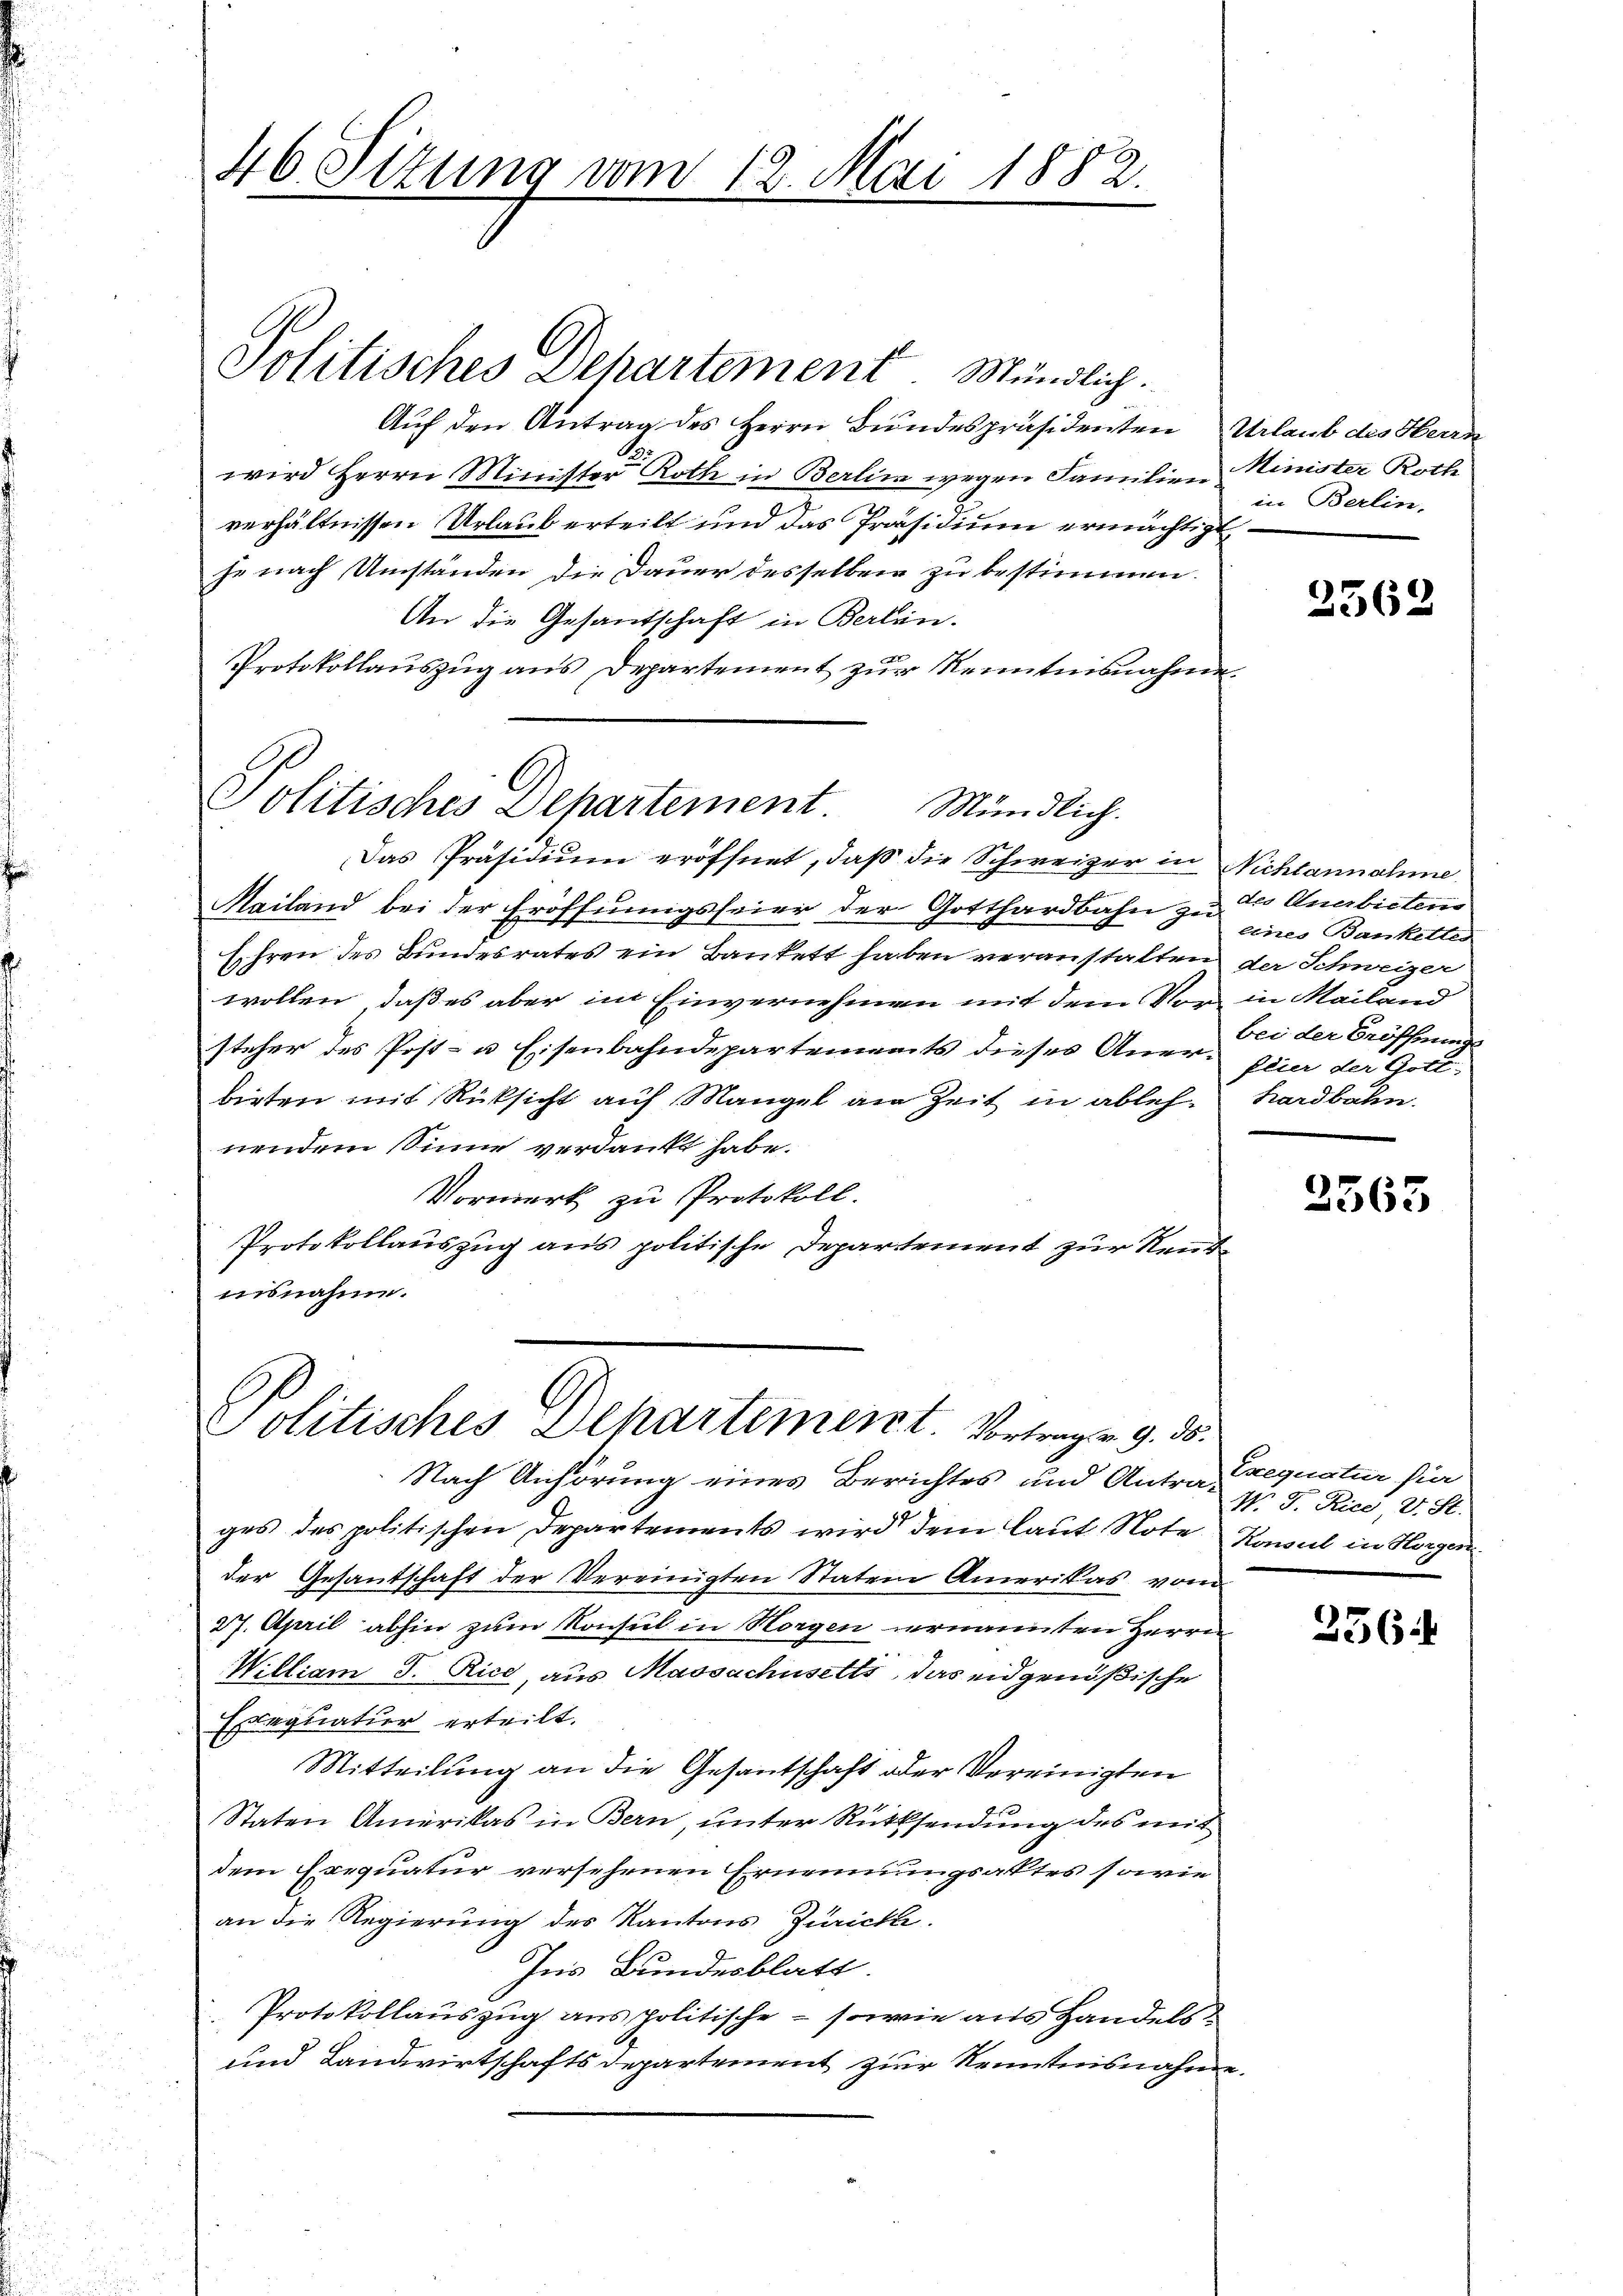
46. Situng vom 12. Mai 1882.

Solitisches Departement. Mündlich.

Auf den Antrag des Herrn Bundespräsidenten Urlaub des Herrn
wird Herrn Minister Roth in Berlin wegen Familien Minister Rothe
verhältnissen Urlaub erteilt und das Präsidium ermächtigt
he nach Umständen die Dauer desselben zu bestimmen
An die Gesandschaft in Berlin-
Protokollauszug aus Departement zur Kenntnisnahme.

Politisches Departement.
Mündlich.

Das Präsidium eröffnet, daß die Schweizer in Nichtannahme
Mailand bei der Eröffnungsfeier der Gotthardbahn zu Er Anerbietens
sohren des Bundesrates ein Bankett haben veranstalten der Schweizer
wollen, daß es aber im Einvernehmen mit dem Vor in Mailand
steher des Post- u Eisenbahndepartements dieses Aner- pier der Gottbirten mit Rücksicht auf Mangel am Zeit in ablehnendem Sinne verdankt habe.
Vormerk zu Protokoll.
Protokollauszug aus politische Departement zur Neutnisnahme.

Politisches Departement. Vortrag v. 9. 35.

Nach Anhörung eines Berichtes und Antrag requatur für
ges das politischen Departements wird dem laut Note Kanal in Horgen
der Gesantschaft der Vereinigten Statem Amerikas vom
27. April abhin zum Konsul in Horgen vernannten Herrn
William J. Rice, aus Massachusetts, das eidgenößische
Exequatuor erteilt.
Mitteilung an die Gesantschaft oder Vereinigten
Staten Anerikas in Bern, unter Rücksendung des mit
dem Erequatur versehenen Ernennungsaktes sowie
an die Regierung des Kantons Züricke.
Ins Bundesblatt.
Protokollauszug aus politische - sowie aus Handels¬
und Landwirtschaftsdepartement zur Kenntnisnahme.

in Berlin,

2562

eines Bankettes
bei der Eröffnungs
hardbahn.

2563

W. J. Rice, 2. St.

2564